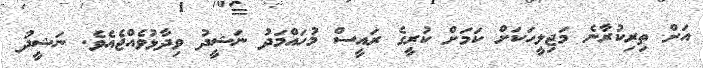
އަށް ތިރިކުރާނެ މަޖިލީހަކަށް ކަމަށް ކުރީގެ ރައީސް މުހައްމަދު ނަޝީދު ވިދާޅުވެއްޖެއެވެ. ނަޝީދު